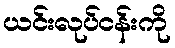
ယင်းလုပ်ငန်းကို